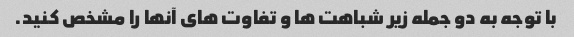
با توجه به دو جمله زیر شباهت ها و تفاوت های آنها را مشخص کنید.